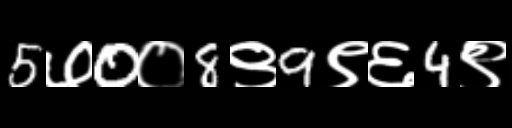
Text: 5७0०8९9९६4९